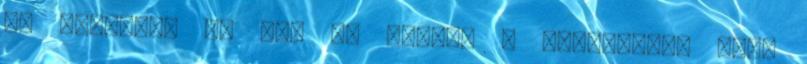
az irodákat és meg is kaptam a felkérést, hogy